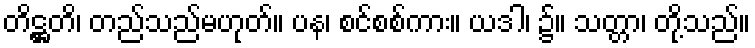
တိဋ္ဌတိ၊ တည်သည်မဟုတ်။ ပန၊ စင်စစ်ကား။ ယဒါ၊ ၌။ သတ္တာ၊ တို့သည်။